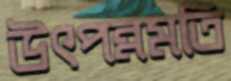
উৎপন্নমতি